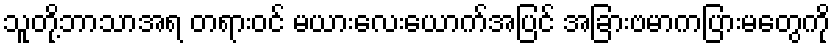
သူတို့ဘာသာအရ တရားဝင် မယားလေးယောက်အပြင် အခြားဗမာကပြားမတွေကို